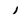
Character: I